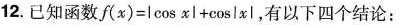
12.已知函数$$f ( x ) = | c o s x | + c o s | x |$$，有以下四个结论：